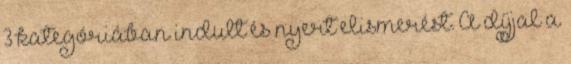
3 kategóriában indult és nyert elismerést. A díjjal a